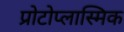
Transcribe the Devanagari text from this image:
प्रोटोप्लास्मिक